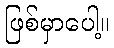
ဖြစ်မှာပေါ့။